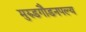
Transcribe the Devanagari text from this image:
मुरुडगौडनपल्य